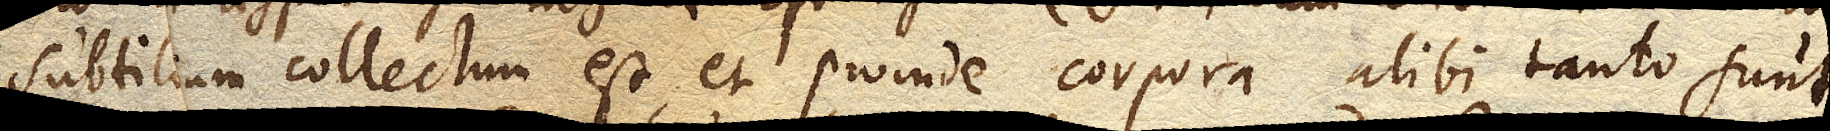
subtilium collectum est, et proinde corpora alibi tanto sunt